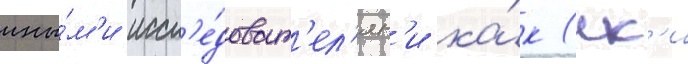
ины́м'и иссл'е́доват'ел'ям'и ка́к (ек'и